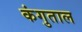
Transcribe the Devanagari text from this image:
कंगुताल